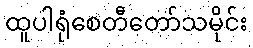
ထူပါရုံစေတီတော်သမိုင်း